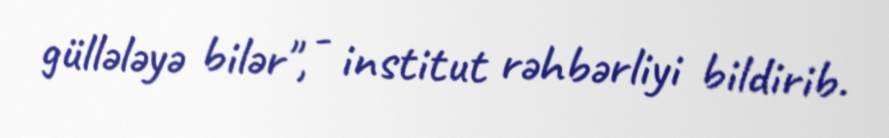
güllələyə bilər", - institut rəhbərliyi bildirib.